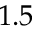
1 . 5